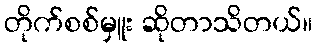
တိုက်စစ်မှူး ဆိုတာသိတယ်။